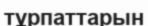
тұрпаттарын